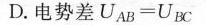
D.电势差$$U _ { A B } = U _ { B C }$$